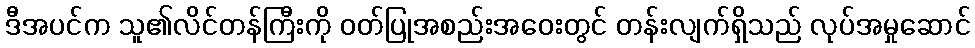
ဒီအပင်က သူ၏လိင်တန်ကြီးကို ဝတ်ပြုအစည်းအဝေးတွင် တန်းလျက်ရှိသည် လုပ်အမှုဆောင်